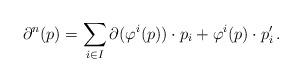
LaTeX: \begin{align*} \partial^n(p) = \sum_{i\in I} \partial(\varphi^i(p)) \cdot p_i + \varphi^i(p)\cdot p_i'\,. \end{align*}